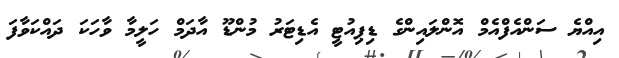
އިއްޔެ ސަންއެފްއެމް އޮންލައިންގެ ޑިޕިއުޓީ އެޑިޓަރު މުންޑޫ އާދަމް ހަލީމާ ވާހަކަ ދައްކަވާފަ